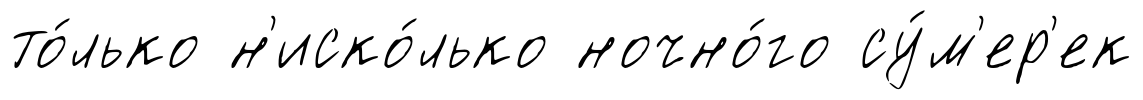
то́лько н'иско́лько ночно́го су́м'ер'ек